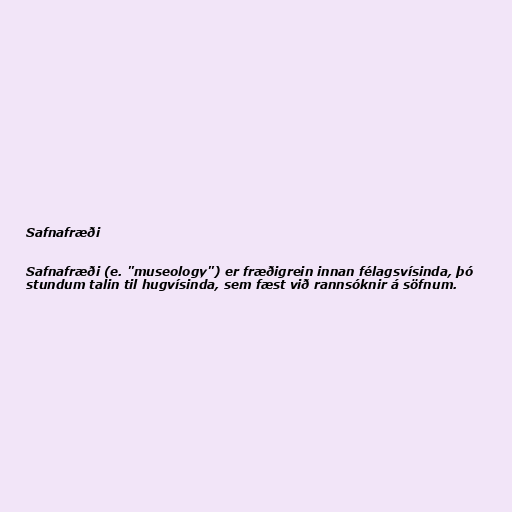
Safnafræði

Safnafræði (e. "museology") er fræðigrein innan félagsvísinda, þó
stundum talin til hugvísinda, sem fæst við rannsóknir á söfnum.